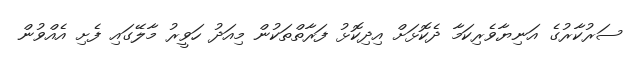
ސަރުކާރުގެ އަނިޔާވެރިކަމާ ދެކޮޅަށް އިދިކޮޅު ފަރާތްތަކުން މިއަދު ހަވީރު މާލޭގައި ފެށި އެއްވުން